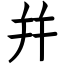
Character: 幷